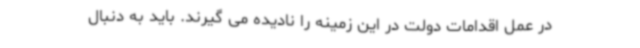
در عمل اقدامات دولت در این زمینه را نادیده می گیرند. باید به دنبال